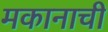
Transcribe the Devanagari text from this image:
मकानाची